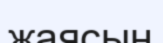
жаясың